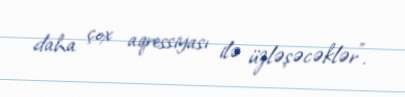
daha çox aqressiyası ilə üzləşəcəklər”.